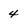
Character: 4